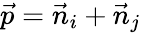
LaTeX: \vec{p}=\vec{n}_{i}+\vec{n}_{j}